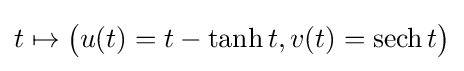
t\mapsto {\big (}u(t)=t-\operatorname {tanh} t,v(t)=\operatorname {sech} t{\big )}